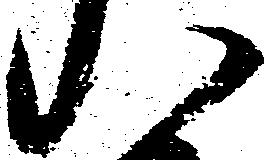
八